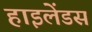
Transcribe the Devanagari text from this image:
हाइलेंडस